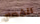
انفصال